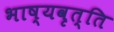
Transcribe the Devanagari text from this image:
भाष्यवृत्ति